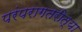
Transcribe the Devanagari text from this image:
परंपरागतरीत्या